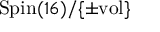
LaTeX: \mathrm { S p i n } ( 1 6 ) / \{ \pm \mathrm { v o l } \}